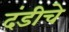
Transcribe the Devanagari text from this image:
दंडीचे